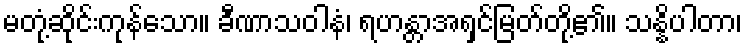
မတုံ့ဆိုင်းကုန်သော။ ခီဏာသဝါနံ၊ ရဟန္တာအရှင်မြတ်တို့၏။ သန္နိပါတာ၊